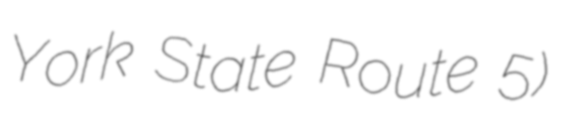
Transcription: York State Route 5)